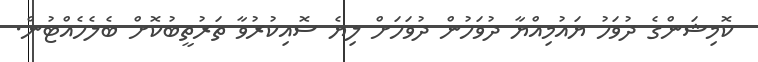
ކޮމިޝަންގެ ދުވަހު ޔައުމިއްޔާ ދުވަހުން ދުވަހަށް ލިޔެ ސޮއިކުރުވާ ތަރުތީބުކޮށް ބެލެހެއްޓުން.